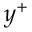
y ^ { + }